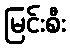
မြင်းစီး